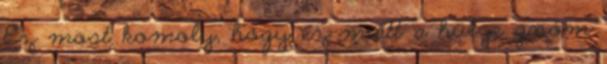
Ez most komoly, hogy ez miatt a hülye gnóm